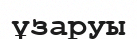
ұзаруы